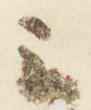
云